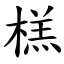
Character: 榚